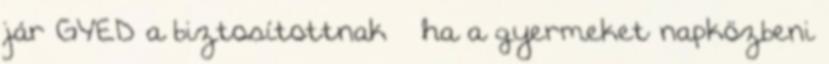
jár GYED a biztosítottnak – ha a gyermeket napközbeni